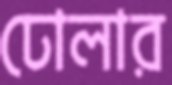
ঢোলার